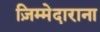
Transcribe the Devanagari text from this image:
ज़िम्मेदाराना